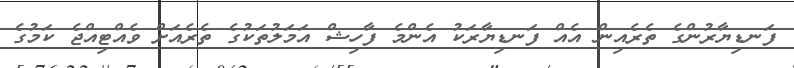
ފަނޑިޔާރުންގެ ތެރެއިން އެއް ފަނޑިޔާރަކު އެންމެ ފާހިޝް އަމަލުތަކުގެ ތެރެއަށް ވެއްޓިއްޖެ ކަމުގެ